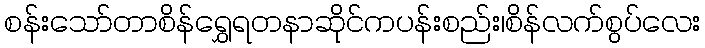
စန်းသော်တာစိန်ရွှေရတနာဆိုင်ကပန်းစည်း၊စိန်လက်စွပ်လေး